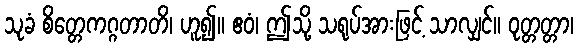
သုခံ စိတ္တေကဂ္ဂတာတိ၊ ဟူ၍။ ဧဝံ၊ ဤသို့ သရုပ်အားဖြင့် သာလျှင်။ ဝုတ္တတ္တာ၊